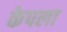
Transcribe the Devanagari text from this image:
केपला